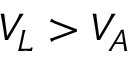
V _ { L } > V _ { A }